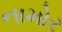
નામોર